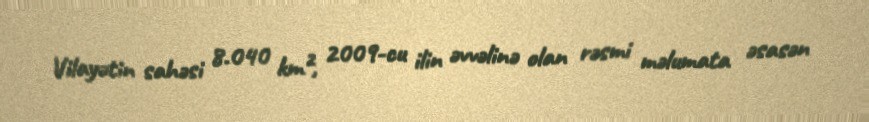
Vilayətin sahəsi 8.040 km², 2009-cu ilin əvvəlinə olan rəsmi məlumata əsasən